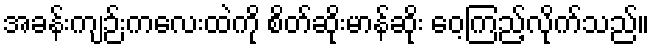
အခန်းကျဉ်းကလေးထဲကို စိတ်ဆိုးမာန်ဆိုး ဝေ့ကြည့်လိုက်သည်။